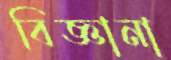
বিজ্ঞানা